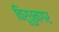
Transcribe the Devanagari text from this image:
विरूधुनगर